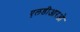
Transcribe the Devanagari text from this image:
एलडीआरओ